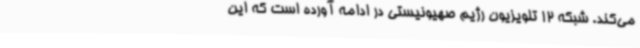
می‌کند. شبکه 12 تلویزیون رژیم صهیونیستی در ادامه آورده است که این